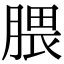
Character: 腲